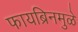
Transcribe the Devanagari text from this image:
फायब्रिनमुळे